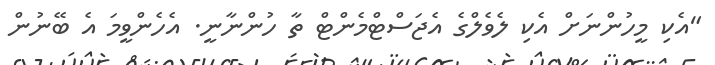
"އެކި މީހުންނަށް އެކި ލެވެލްގެ އެޖަސްޓްމެންޓް ތާ ހުންނާނީ. އެހެންވީމަ އެ ބޭނުން